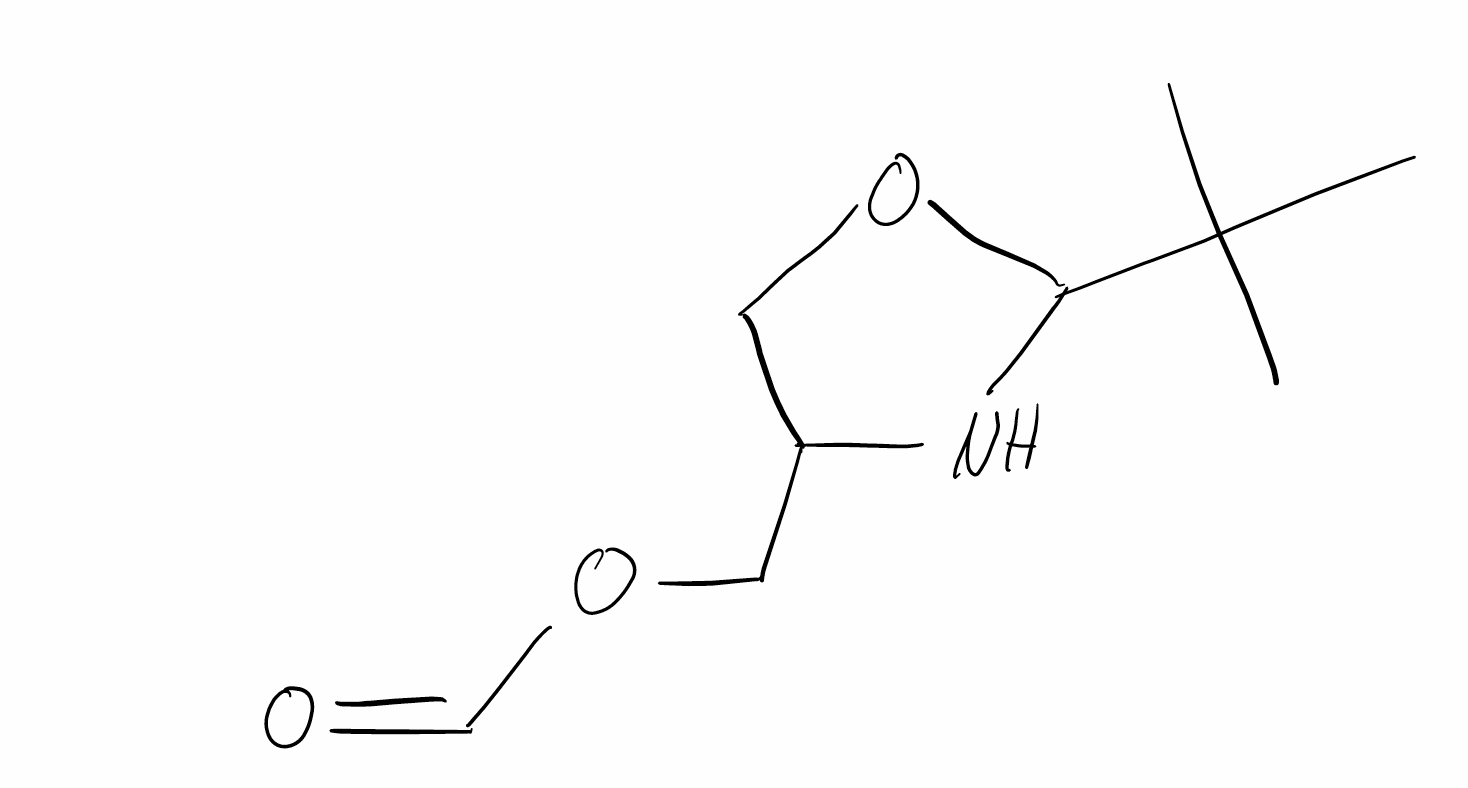
Simplified molecular-input line-entry system (SMILES) notation of the given molecule:
CC(C)(C)C1NC(CO1)COC=O